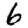
Digit: 6